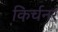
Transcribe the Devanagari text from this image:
किर्चनर